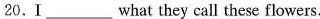
20.I ___ what they call these flowers.